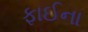
ફાઈના